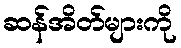
ဆန်အိတ်များကို